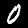
Label: 0